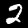
Digit: 2